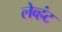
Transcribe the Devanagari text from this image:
लेव्हंट